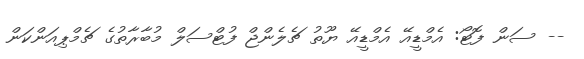
-- ސަން ފޮޓޯ: އެމްޑީއޭ އެމްޑީއޭ ޔޫތު ޗެލެންޖް ފުޓްސަލް މުބާރާތުގެ ޗެމްޕިއަންކަން